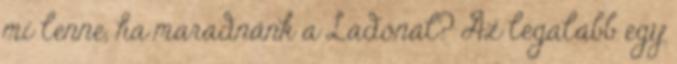
mi lenne, ha maradnánk a Ladónál? Az legalább egy